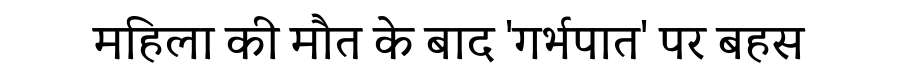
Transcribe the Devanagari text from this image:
महिला की मौत के बाद 'गर्भपात' पर बहस